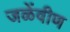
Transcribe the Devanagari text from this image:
जळेंवीण